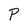
Character: P